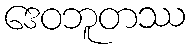
ဒေဝဘူတဿ